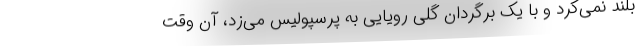
بلند نمی‌کرد و با یک برگردان گلی رویایی به پرسپولیس می‌زد، آن وقت